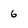
Character: 6